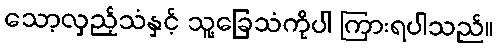
သော့လှည့်သံနှင့် သူ့ခြေသံကိုပါ ကြားရပါသည်။